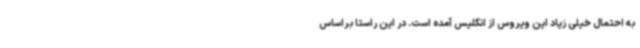
به احتمال خیلی زیاد این ویروس از انگلیس آمده است. در این راستا براساس